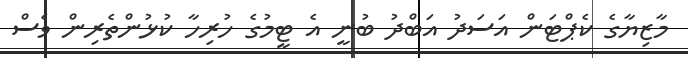
މާޒިޔާގެ ކެޕްޓަން އަސަދު އަބްދު ބުނީ އެ ޓީމުގެ ހުރިހާ ކުޅުންތެރިން ވެސް